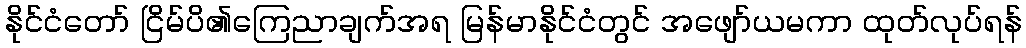
နိုင်ငံတော် ငြိမ်ပိ၏ကြေညာချက်အရ မြန်မာနိုင်ငံတွင် အဖျော်ယမကာ ထုတ်လုပ်ရန်